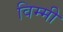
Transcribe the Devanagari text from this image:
विम्मी